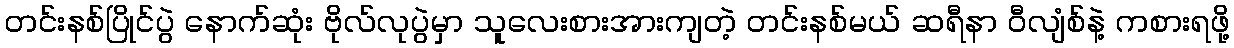
တင်းနစ်ပြိုင်ပွဲ နောက်ဆုံး ဗိုလ်လုပွဲမှာ သူလေးစားအားကျတဲ့ တင်းနစ်မယ် ဆရီနာ ဝီလျံစ်နဲ့ ကစားရဖို့